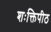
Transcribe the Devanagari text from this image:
शःक्तिपीठ